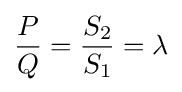
{\frac {P}{Q}}={\frac {S_{2}}{S_{1}}}=\lambda